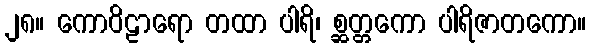
၂၈။ ကောဝိဠာရော တထာ ပါရိ၊ စ္ဆတ္တကော ပါရိဇာတကော။